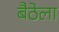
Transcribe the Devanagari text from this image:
बैठेला